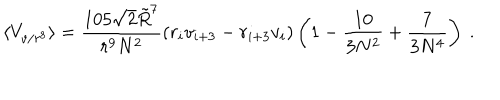
LaTeX: \langle V _ { v / r ^ { 8 } } \rangle = { \frac { 1 0 5 \sqrt { 2 } \tilde { R } ^ { 7 } } { r ^ { 9 } N ^ { 2 } } } ( r _ { i } v _ { i + 3 } - r _ { i + 3 } v _ { i } ) \left( 1 - { \frac { 1 0 } { 3 N ^ { 2 } } } + { \frac { 7 } { 3 N ^ { 4 } } } \right) \ .